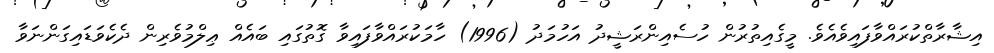
އިޝާރާތްކުރައްވާފައިވެއެވެ. މީގެއިތުރުން ހުސެއިންރަޝީދު އަހުމަދު (1996) ހާމަކުރައްވާފައިވާ ގޮތުގައި ބައެއް ޢިލްމުވެރިން ދެކެވަޑައިގަންނަވާ